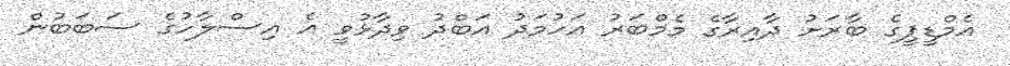
އެމްޑީޕީގެ ބާރަށު ދާއިރާގެ މެމްބަރު އަހުމަދު އަބްދު ވިދާޅުވީ އެ އިސްލާހުގެ ސަބަބުން